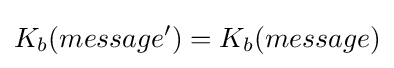
K_{b}(message')=K_{b}(message)